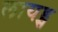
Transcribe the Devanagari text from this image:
लायड्स